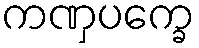
ကဏှပက္ခေ